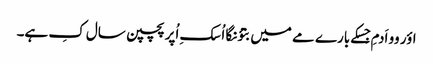
اؤر وو اَدمِ جِسکے بارے مے میں بتؤنگا اُسکِ اُپر پچپن سال کِ ہے۔